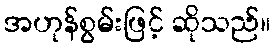
အဟုန်စွမ်းဖြင့် ဆိုသည်။